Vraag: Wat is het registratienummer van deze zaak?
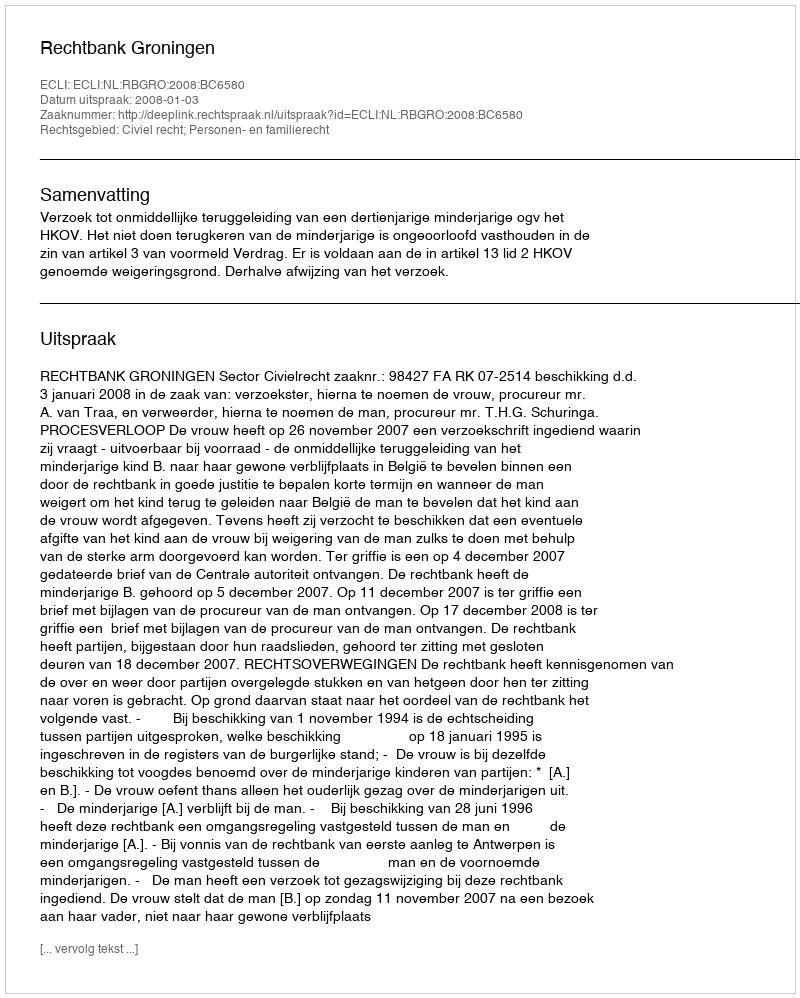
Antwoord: http://deeplink.rechtspraak.nl/uitspraak?id=ECLI:NL:RBGRO:2008:BC6580